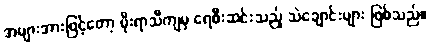
အများအားဖြင့်တော့ မိုးရာသီကျမှ ရေစီးဆင်းသည့် သဲချောင်းများ ဖြစ်သည်။